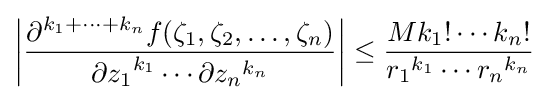
\left|{\frac {\partial ^{k_{1}+\cdots +k_{n}}f(\zeta _{1},\zeta _{2},\ldots ,\zeta _{n})}{{\partial z_{1}}^{k_{1}}\cdots \partial {z_{n}}^{k_{n}}}}\right|\leq {\frac {Mk_{1}!\cdots k_{n}!}{{r_{1}}^{k_{1}}\cdots {r_{n}}^{k_{n}}}}